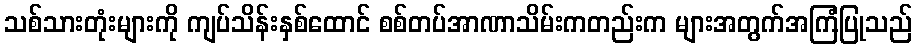
သစ်သားတုံးများကို ကျပ်သိန်းနှစ်ထောင် စစ်တပ်အာဏာသိမ်းကတည်းက များအတွက်အကြံပြုသည်